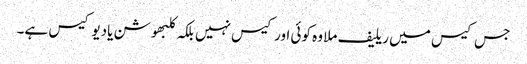
جس کیس میں ریلیف ملا وہ کوئی اور کیس نہیں بلکہ کلبھوشن یادیو کیس ہے۔